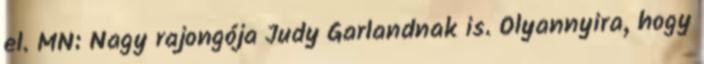
el. MN: Nagy rajongója Judy Garlandnak is. Olyannyira, hogy